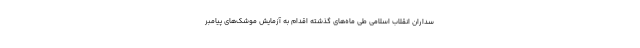
سداران انقلاب اسلامی طی ماه‌های گذشته اقدام به آزمایش موشک‌های پیامبر